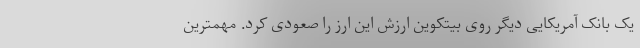
یک بانک آمریکایی دیگر روی بیتکوین ارزش این ارز را صعودی کرد. مهمترین